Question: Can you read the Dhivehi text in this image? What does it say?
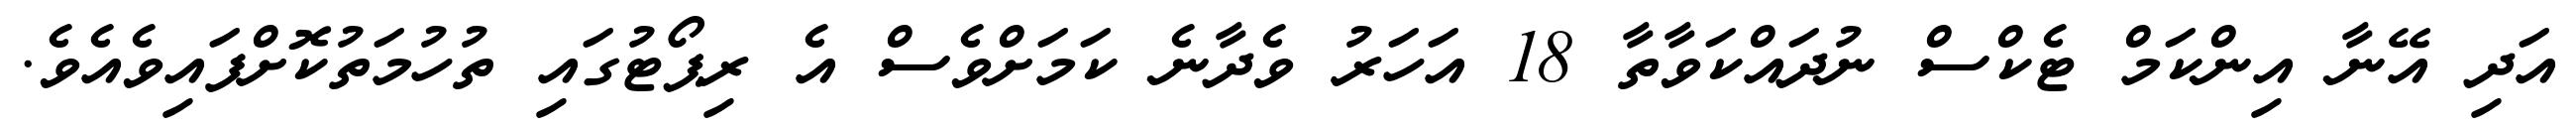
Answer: އަދި އޭނާ އިންކަމް ޓެކްސް ނުދައްކަވާތާ 18 އަހަރު ވެދާނެ ކަމަށްވެސް އެ ރިޕޯޓުގައި ތުހުމަތުކޮށްފައިވެއެވެ.